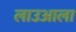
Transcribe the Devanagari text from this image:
लाउआला